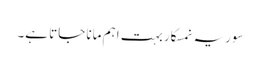
سوریہ نمسکار بہت اہم مانا جاتا ہے۔